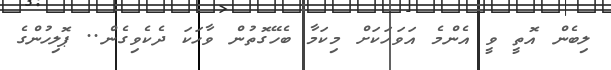
ލިބެން އޮތީ ވީ އެންމެ އަވަހަކަށް މިކަމާ ބެހޭގޮތުން ވާހަކަ ދެކެވިގެން.. ޕޮލިހުންގެ